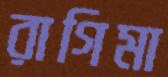
রাগিমা